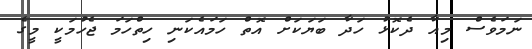
ނަމަވެސް މިއާ ދެކޮޅު ހަދާ ބަޔަކަށް އޮތް ހަމައެެކަނި ހިތްހަމަ ޖެހުމަކީ މީގެ